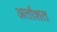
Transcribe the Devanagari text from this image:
अर्ताशत